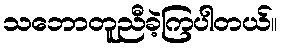
သဘောတူညီခဲ့ကြပါတယ်။